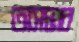
অসদ্ভাব